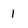
Character: 1